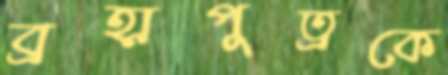
ব্রহ্মপুত্রকে